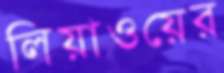
লিয়াওয়ের